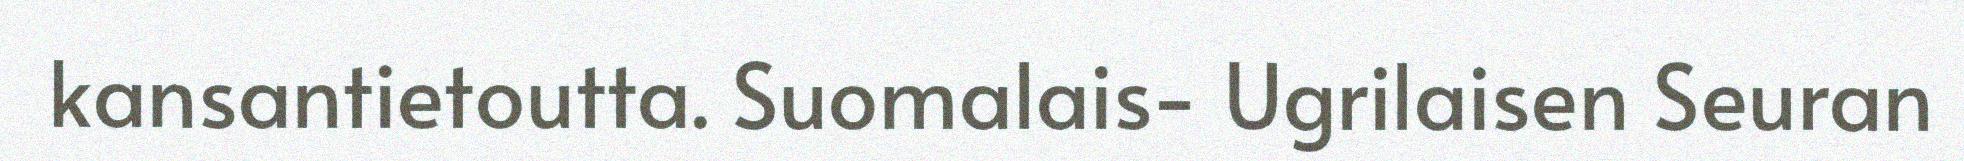
kansantietoutta. Suomalais- Ugrilaisen Seuran